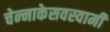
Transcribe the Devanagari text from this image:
चेन्‍नाकेसवस्‍वामी